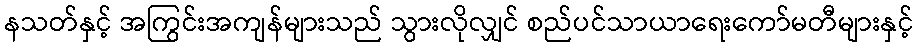
နသတ်နှင့် အကြွင်းအကျန်များသည် သွားလိုလျှင် စည်ပင်သာယာရေးကော်မတီများနှင့်